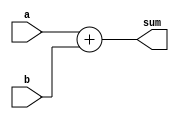
// 32-bit adder -> 33-bit output
module adder_32bit(
    input [31:0] a,
    input [31:0] b,
    output [32:0] sum
);
    // Behavioral adder
    assign sum = a + b;
endmodule